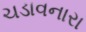
ચડાવનારા